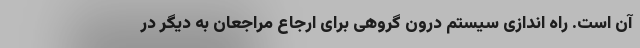
آن است. راه اندازی سیستم درون گروهی برای ارجاع مراجعان به دیگر در